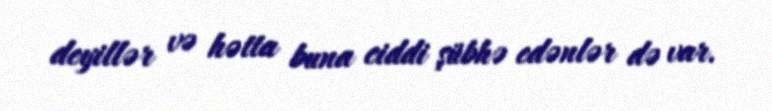
deyillər və hətta buna ciddi şübhə edənlər də var.